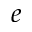
e